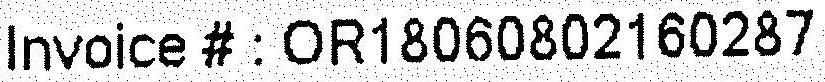
INVOICE # : OR18060802160287